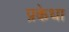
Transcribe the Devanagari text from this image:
प्रकेधा